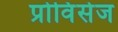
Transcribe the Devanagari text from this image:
प्रोविंसेज